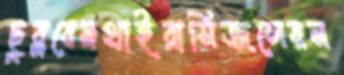
ছুব্‌লবেনথাইরাসিজলেরন